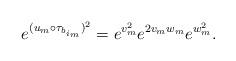
LaTeX: \begin{align*} e^{(u_m \circ \tau_{b_{i_m}})^2 } = e^{v_m^2} e^{2v_m w_m} e^{w^2_m}.\end{align*}